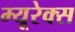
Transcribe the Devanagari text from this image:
म्यूरेक्स